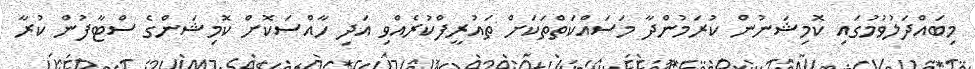
މިބައްދަލުވުމުގައި ކޮމިޝަނުން ކުރަމުންދާ މަސައްކަތްތަކަށް ތައުރީފްކުރެއްވި އަދި ހާއްސަކޮށް ކޮމިޝަންގެ ސްޓާފުން ކުރާ